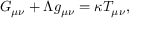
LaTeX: G _ { \mu \nu } + \Lambda g _ { \mu \nu } = \kappa T _ { \mu \nu } ,